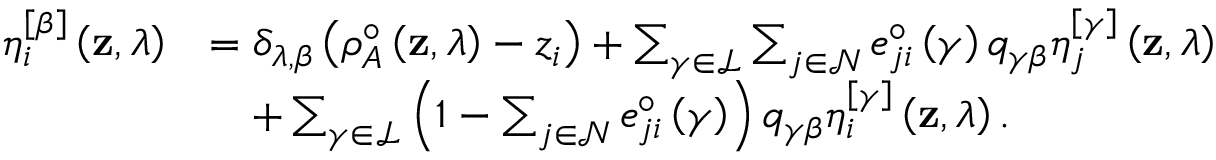
\begin{array} { r l } { \eta _ { i } ^ { \left[ \beta \right] } \left( \mathbf { z } , \lambda \right) } & { = \delta _ { \lambda , \beta } \left( \rho _ { A } ^ { \circ } \left( \mathbf { z } , \lambda \right) - z _ { i } \right) + \sum _ { \gamma \in \mathcal { L } } \sum _ { j \in \mathcal { N } } e _ { j i } ^ { \circ } \left( \gamma \right) q _ { \gamma \beta } \eta _ { j } ^ { \left[ \gamma \right] } \left( \mathbf { z } , \lambda \right) } \\ & { \quad + \sum _ { \gamma \in \mathcal { L } } \left( 1 - \sum _ { j \in \mathcal { N } } e _ { j i } ^ { \circ } \left( \gamma \right) \right) q _ { \gamma \beta } \eta _ { i } ^ { \left[ \gamma \right] } \left( \mathbf { z } , \lambda \right) . } \end{array}